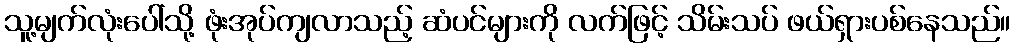
သူ့မျက်လုံးပေါ်သို့ ဖုံးအုပ်ကျလာသည့် ဆံပင်များကို လက်ဖြင့် သိမ်းသပ် ဖယ်ရှားပစ်နေသည်။